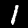
Digit: 1